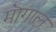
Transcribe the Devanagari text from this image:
मॊगाल